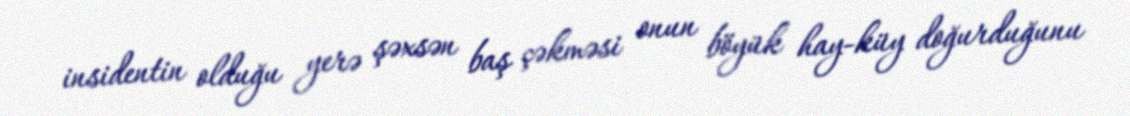
insidentin olduğu yerə şəxsən baş çəkməsi onun böyük hay-küy doğurduğunu